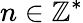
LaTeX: n\in\mathbb{Z^{\ast}}